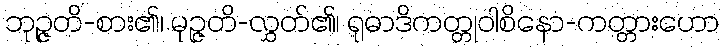
ဘုဉ္ဇတိ-စား၏၊ မုဉ္ဇတိ-လွှတ်၏၊ ရုဓာဒိကတ္တုဝါစိနော-ကတ္တားဟော